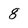
Character: 8